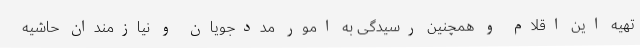
تهیه این اقلام و همچنین رسیدگی به امور مددجویان و نیازمندان حاشیه